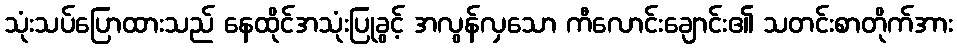
သုံးသပ်ပြောထားသည် နေထိုင်အသုံးပြုခွင့် အလွန်လှသော ကီလောင်းချောင်း၏ သတင်းစာတိုက်အား